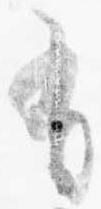
有